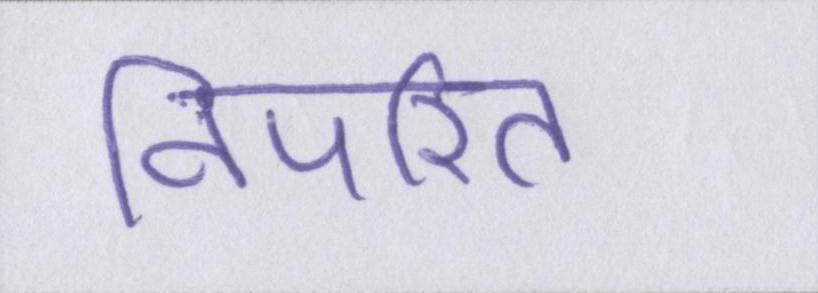
विपरित